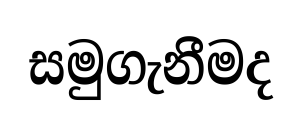
සමුගැනීමද